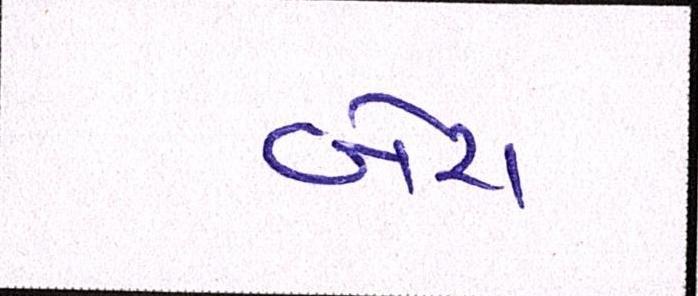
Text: બેરા